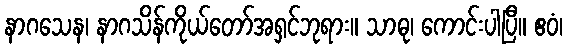
နာဂသေန၊ နာဂသိန်ကိုယ်တော်အရှင်ဘုရား။ သာဓု၊ ကောင်းပါပြီ။ ဧဝံ၊